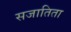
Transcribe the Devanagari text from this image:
सजातिता